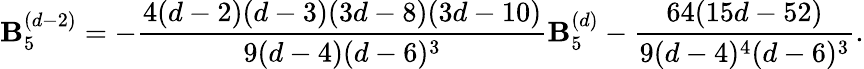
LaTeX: \mathbf{B}_{5}^{(d-2)}=-\frac{{4(d-2)(d-3)(3d-8)(3d-10)}}{{9(d-4)(d-6)^{3}}}\mathbf{B}_{5}^{(d)}-\frac{{64(15d-52)}}{{9(d-4)^{4}(d-6)^{3}}}.